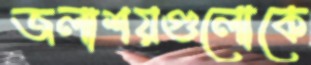
জলাশয়গুলোকে